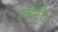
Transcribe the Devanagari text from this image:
करौ।